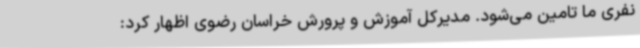
نفری ما تامین می‌شود. مدیرکل آموزش و پرورش خراسان رضوی اظهار کرد: